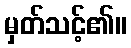
မှတ်သင့်၏။